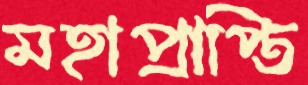
মহাপ্রাপ্তি